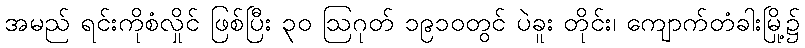
အမည် ရင်းကိုစံလှိုင် ဖြစ်ပြီး ၃၀ ဩဂုတ် ၁၉၁၀တွင် ပဲခူး တိုင်း၊ ကျောက်တံခါးမြို့၌